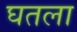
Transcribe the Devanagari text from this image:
घतला